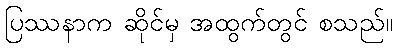
ပြဿနာက ဆိုင်မှ အထွက်တွင် စသည်။